Report on vaccination in Madras 1877-1894 - 1877-1894
Year: 1877
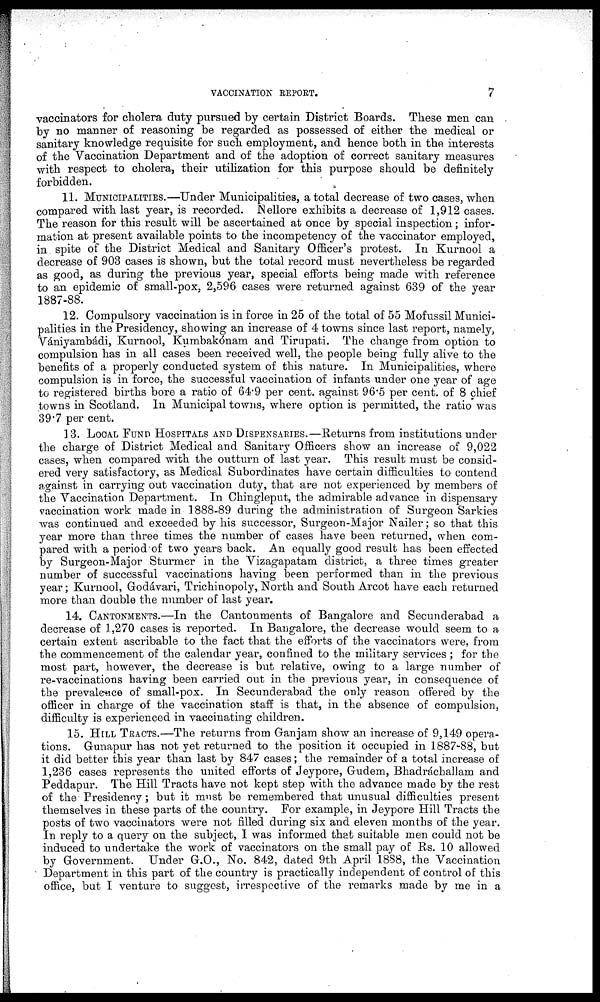
VACCINATION REPORT.
7
vaccinators for cholera duty pursued by certain District Boards. These men can
by no manner of reasoning be regarded as possessed of either the medical or
sanitary knowledge requisite for such employment, and hence both in the interests
of the Vaccination Department and of the adoption of correct sanitary measures
with respect to cholera, their utilization for this purpose should be definitely
forbidden.
11. MUNICIPALITIES.—Under Municipalities, a total decrease of two cases, when
compared with last year, is recorded. Nellore exhibits a decrease of 1,912 cases.
The reason for this result will be ascertained at once by special inspection; infor-
mation at present available points to the incompetency of the vaccinator employed,
in. spite of the District Medical and Sanitary Officer's protest. In Kurnool a
decrease of 903 cases is shown, but the total record must nevertheless be regarded
as good, as during the previous year, special efforts being made with reference
to an epidemic of small-pox, 2,596 cases were returned against 639 of the year
1887-88.
12. Compulsory vaccination is in force in 25 of the total of 55 Mofussil Munici-
palities in the Presidency, showing an increase of 4 towns since last report, namely,
Vániyambádi, Kurnool, Kumbakó am and Tirupati. The change from option to
compulsion has in all cases been received well, the people being fully alive to the
benefits of a properly conducted system of this nature. In Municipalities, where
compulsion is in force, the successful vaccination of infants under one year of age
to registered births bore a ratio of 64.9 per cent. against 96.5 per cent. of 8 chief
towns in Scotland. In Municipal towns, where option is permitted, the ratio was
39.7 per cent.
13. LOCAL FUND HOSPITALS AND DISPENSARIES.—Returns from institutions under
the charge of District Medical and Sanitary Officers show an increase of 9,022
cases, when compared with the outturn of last year. This result must be consid-
ered very satisfactory, as Medical Subordinates have certain difficulties to contend
against in carrying out vaccination duty, that are not experienced by members of
the Vaccination Department. In Chingleput, the admirable advance in dispensary
vaccination work made in 1888-89 during the administration of Surgeon Sarkies
was continued and exceeded by his successor, Surgeon-Major Nailer; so that this
year more than three times the number of cases have been returned, when com-
pared with a period of two years back. An equally good result has been effected
by Surgeon-Major Sturmer in the Vizagapatam district, a three times greater
number of successful vaccinations having been performed than in the previous
year; Kurnool, Godávari, Trichinopoly,North and South Arcot have each returned
more than double the number of last year.
14. CANTONMENTS.—In the Cantonments of Bangalore and Secunderabad a
decrease of 1,270 cases is reported. In Bangalore, the decrease would seem to a
certain extent ascribable to the fact that the efforts of the vaccinators were, from
the commencement of the calendar year, confined to the military services ; for the
most part, however, the decrease is but relative, owing to a large number of
re-vaccinations having been carried out in the previous year, in consequence of
the prevalence of small-pox. In Secunderabad the only reason offered by the
officer in charge of the vaccination staff is that, in the absence of compulsion,
difficulty is experienced in vaccinating children.
15. HILL TRACTS.—The returns from Ganjam show an increase of 9,149 opera-
tions. Gunapur has not yet returned to the position it occupied in 1887-88, but
it did better this year than last by 847 cases; the remainder of a total increase of
1,236 cases represents the united efforts of Jeypore, Gudem, Bhadráchallam and
Peddapur. The Hill Tracts have not kept step with the advance made by the rest
of the Presidency; but it must be remembered that unusual difficulties present
themselves in these parts of the country. For example, in Jeypore Hill Tracts the
posts of two vaccinators were not filled during six and eleven months of the year.
In reply to a query on the subject, I was informed that suitable men could not be
induced to undertake the work of vaccinators on the small pay of Rs. 10 allowed
by Government. Under G.O., No. 842, dated 9th April 1888, the Vaccination
Department in this part of the country is practically independent of control of this
office, but I venture to suggest, irrespective of the remarks made by me in a